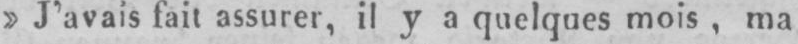
»J’avais fait assurer, il y a quelques mois, ma